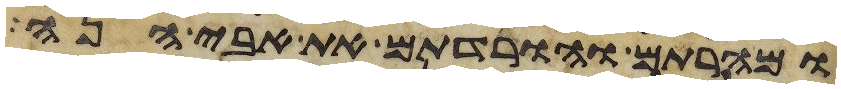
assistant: ומהרתם והורדתם את אבי הנה